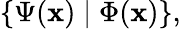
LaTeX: \{ \Psi(\mathbf{x})\mid\Phi(\mathbf{x})\} ,